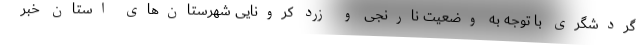
گردشگری با توجه به وضعیت نارنجی و زرد کرونایی شهرستان‌های استان خبر